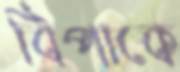
বিপাকে